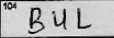
Transcription: BUL